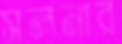
সলমার